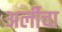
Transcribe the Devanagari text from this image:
अर्लीचा